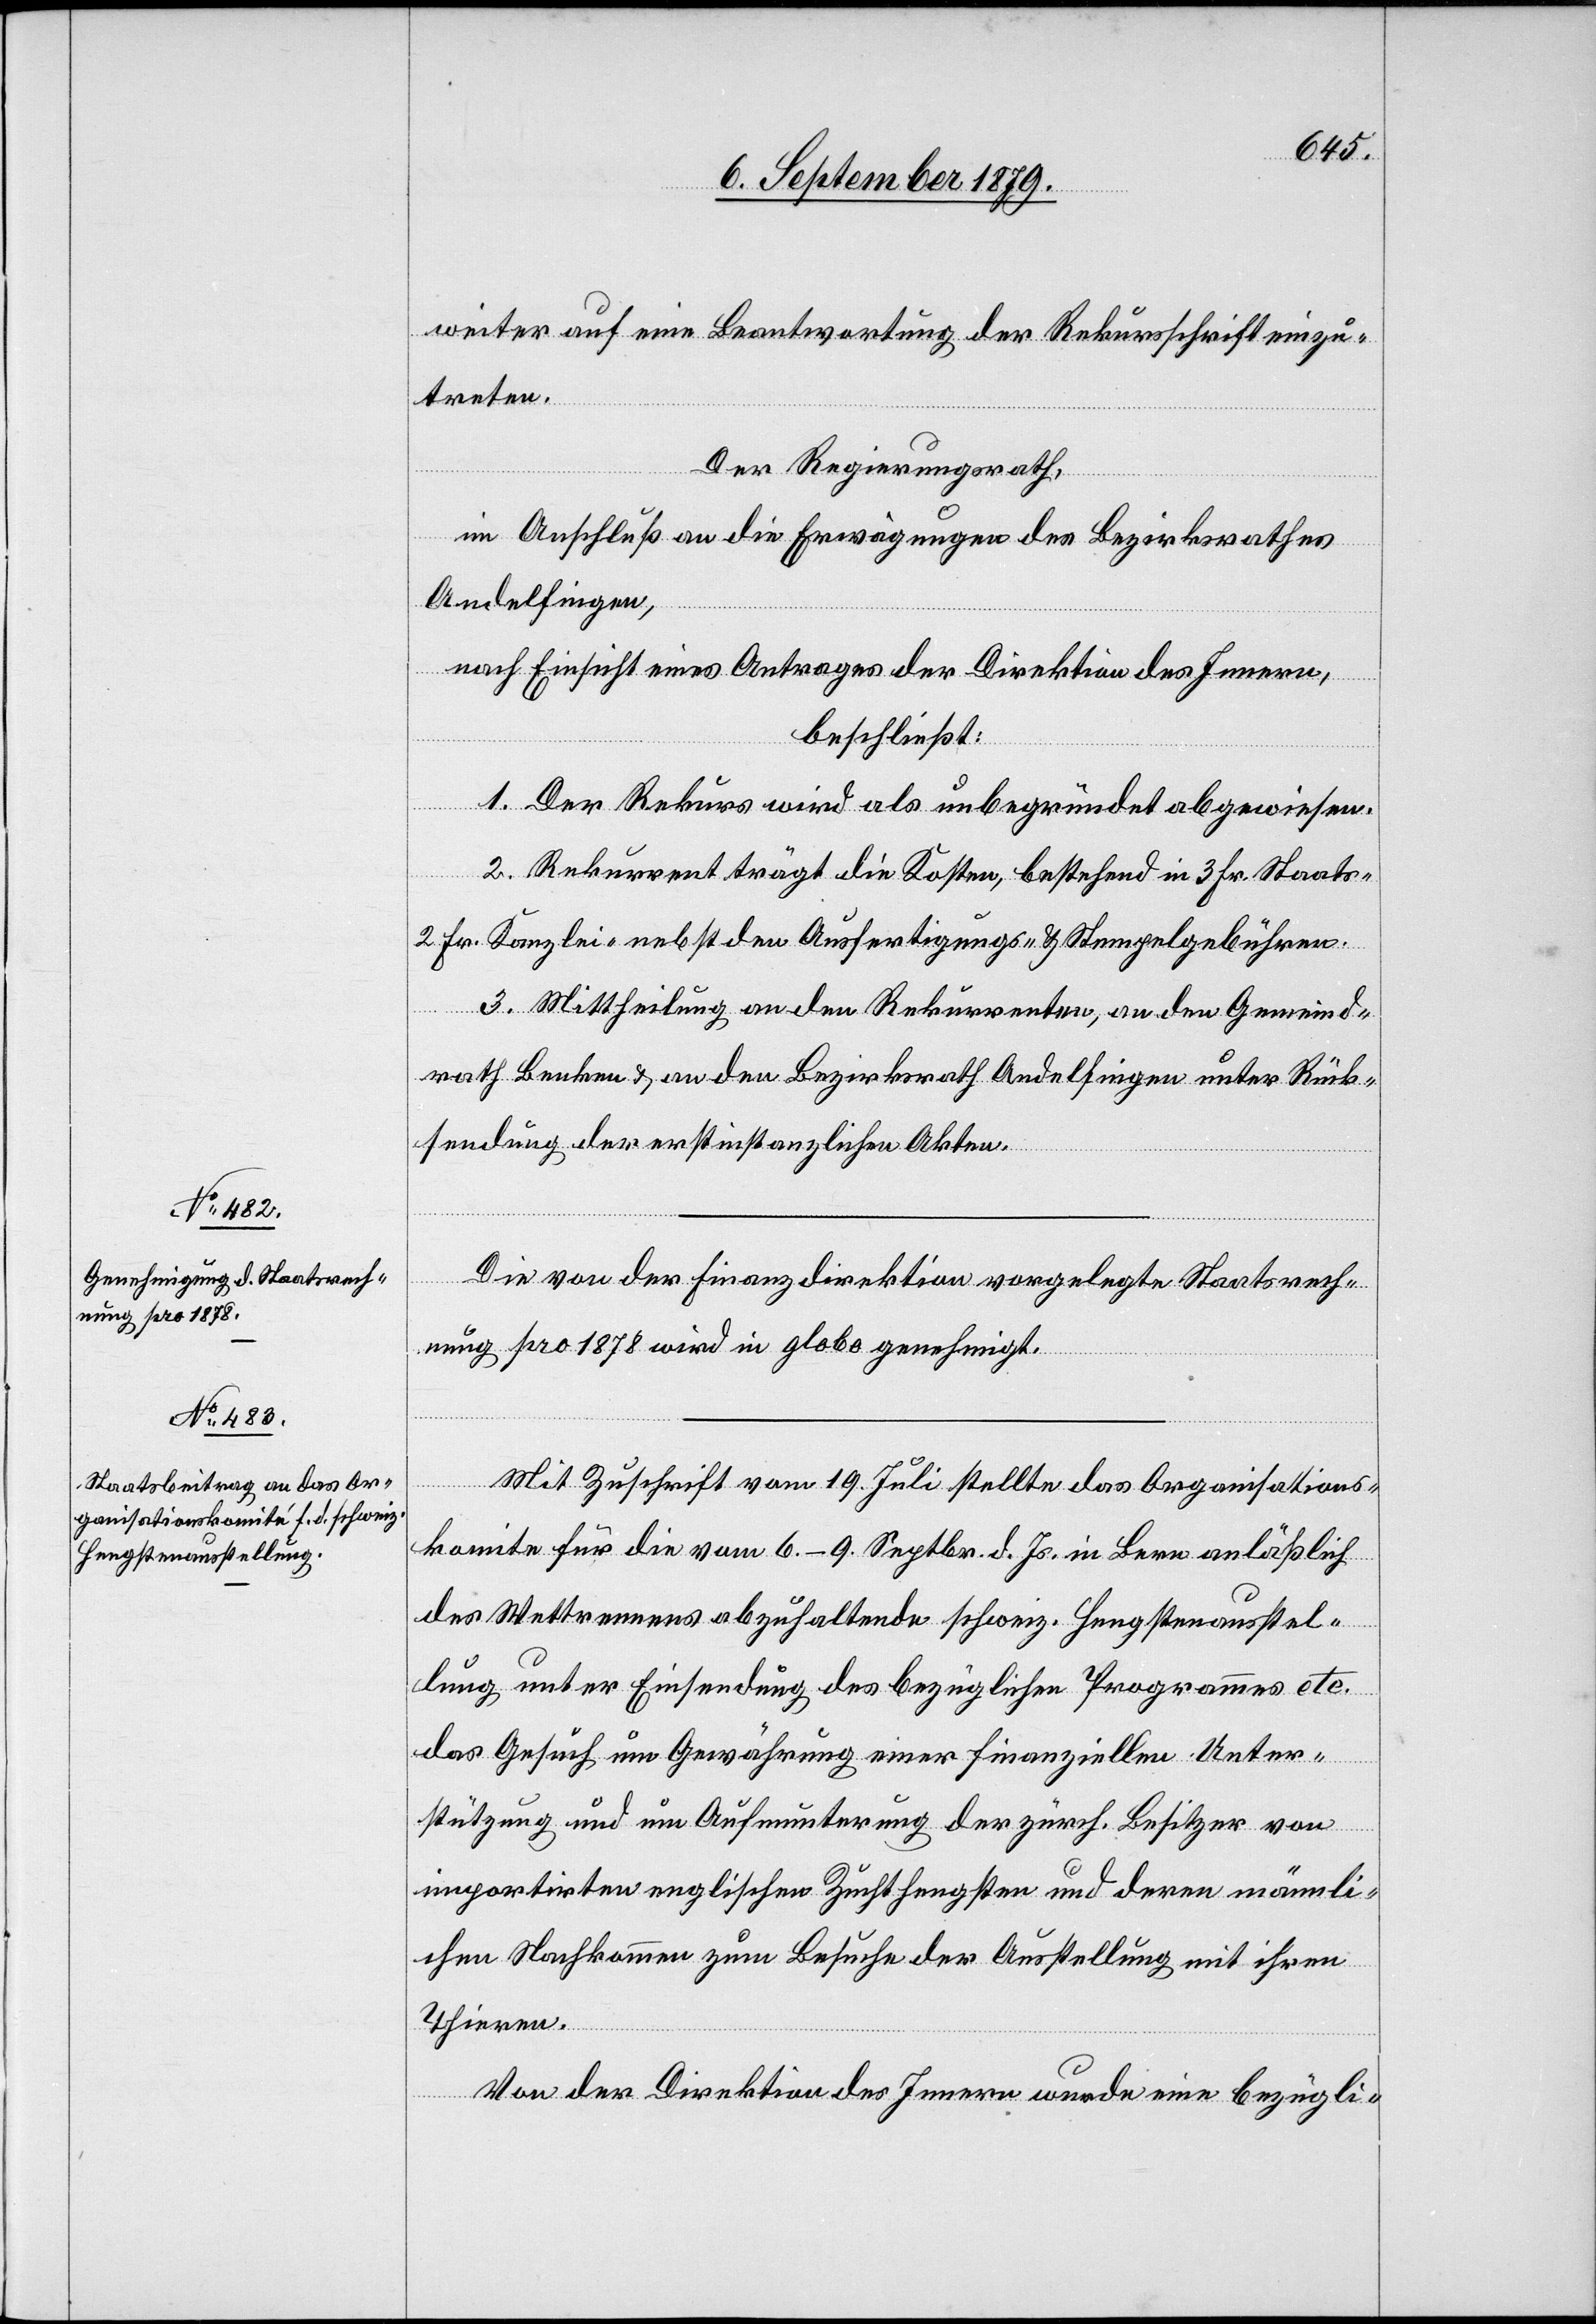
weiter auf eine Beantwortung der Rekursschrift einzu¬
treten.
Der Regierungsrath,
in Anschluß an die Erwägungen des Bezirksrathes
Andelfingen,
nach Einsicht eines Antrages der Direktion des Innern,
beschließt:
1. Der Rekurs wird als unbegründet abgewiesen.
2. Rekurrent trägt die Kosten, bestehend in 3 Fr. Staats-[,]
2 Fr. Kanzlei- nebst den Ausfertigungs- und Stempelgebühren.
3. Mittheilung an den Rekurrenten, an den Gemeind¬
rath Benken & an den Bezirksrath Andelfingen unter Rück¬
sendung der erstinstanzlichen Akten.
Die von der Finanzdirektion vorgelegte Staatsrech¬
nung pro 1878 wird in globo genehmigt.
Mit Zuschrift vom 19. Juli stellte das Organisations¬
komite für die vom 6.–9. Septbr. d. Js. in Bern anläßlich
des Wettrennens abzuhaltende schweiz. Hengstenausstel¬
lung unter Einsendung des bezüglichen Programmes etc.
das Gesuch um Gewährung einer finanziellen Unter¬
stützung und um Aufmunterung der zürch. Besitzer von
importirten englischen Zuchthengsten und deren männli¬
chen Nachkommen zum Besuche der Ausstellung mit ihren
Thieren.
Von der Direktion des Innern wurde eine bezügli-